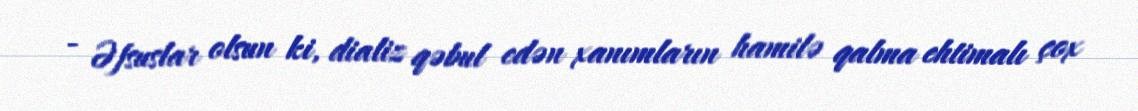
- Əfsuslar olsun ki, dializ qəbul edən xanımların hamilə qalma ehtimalı çox